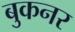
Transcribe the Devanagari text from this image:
बुकनर